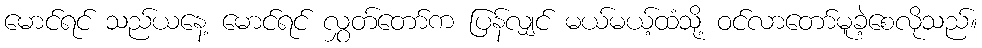
မောင်ရင် သည်ယနေ့ မောင်ရင် လွှတ်တော်က ပြန်လျှင် မယ်မယ့်ထံသို့ ဝင်လာတော်မူခဲ့စေလိုသည်။